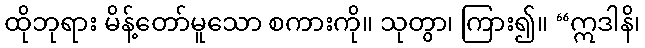
ထိုဘုရား မိန့်တော်မူသော စကားကို။ သုတွာ၊ ကြား၍။ “ဣဒါနိ၊